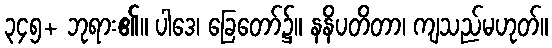
၃၄၅+ ဘုရား၏။ ပါဒေ၊ ခြေတော်၌။ နနိပတိတာ၊ ကျသည်မဟုတ်။